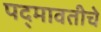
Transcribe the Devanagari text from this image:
पद्‍मावतीचे